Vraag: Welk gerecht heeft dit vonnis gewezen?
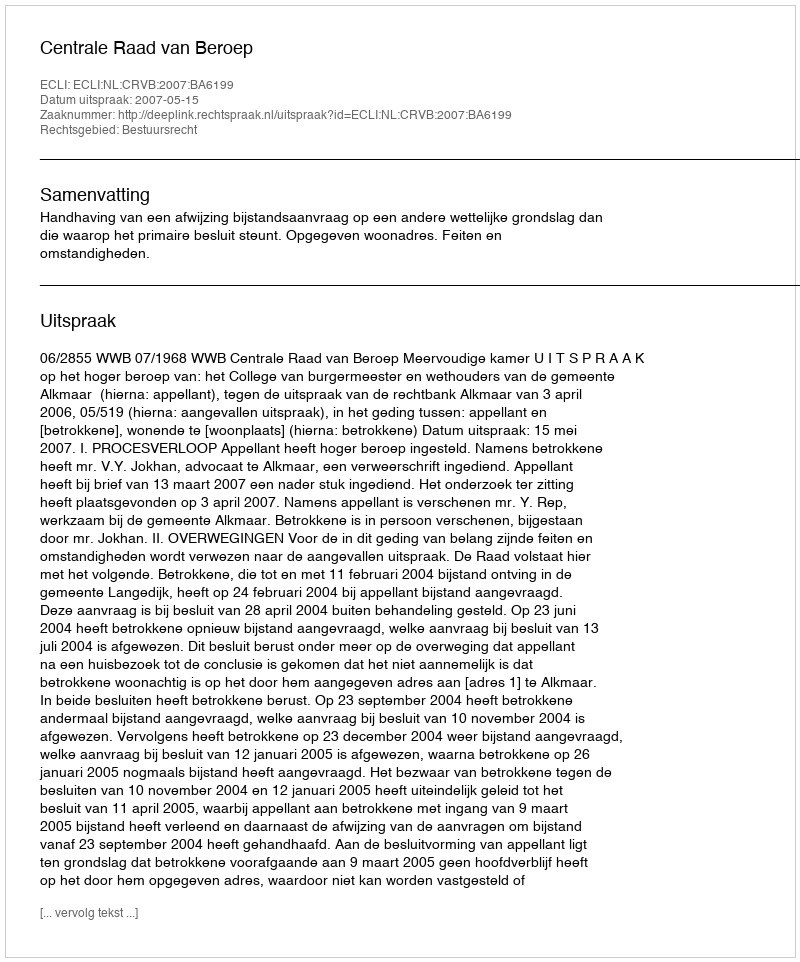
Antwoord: Centrale Raad van Beroep